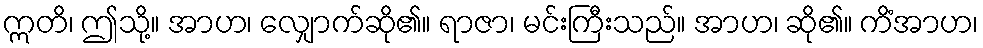
ဣတိ၊ ဤသို့။ အာဟ၊ လျှောက်ဆို၏။ ရာဇာ၊ မင်းကြီးသည်။ အာဟ၊ ဆို၏။ ကိံအာဟ၊